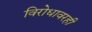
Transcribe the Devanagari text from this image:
विरोधावरही